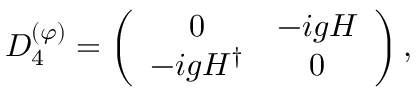
{ \cal D } _ { 4 } ^ { ( \varphi ) } = \left( \begin{array} { c c } { { 0 } } & { { - i g H } } \\ { { - i g H ^ { \dagger } } } & { { 0 } } \end{array} \right) ,